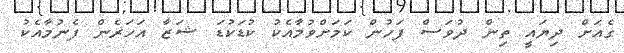
ގެއަށް ދިޔައީ ތިން ދުވަސް ފަހުން ކަމަށްވުމާއެކު ކުޑަކުޑަ ޝަޒާ އަހަރެން ފެނުމާއެކު